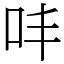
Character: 㕩